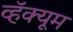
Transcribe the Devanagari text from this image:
व्हॅक्यूम